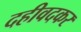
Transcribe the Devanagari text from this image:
दहीवदकर